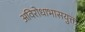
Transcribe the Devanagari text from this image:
अविरोधाभासयुक्त